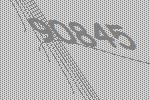
90845